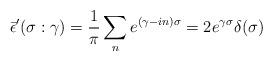
LaTeX: \begin{align*} \bar{\epsilon}'(\sigma:\gamma)=\frac{1}{\pi}\sum _{n}e^{(\gamma-in)\sigma}=2e^{\gamma\sigma}\delta(\sigma)\end{align*}